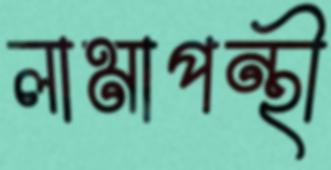
লামাপন্থী